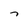
Character: 7